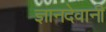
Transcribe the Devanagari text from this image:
ज्ञानदेवानी